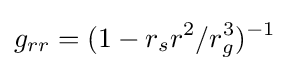
g_{rr}=(1-r_{s}r^{2}/r_{g}^{3})^{-1}